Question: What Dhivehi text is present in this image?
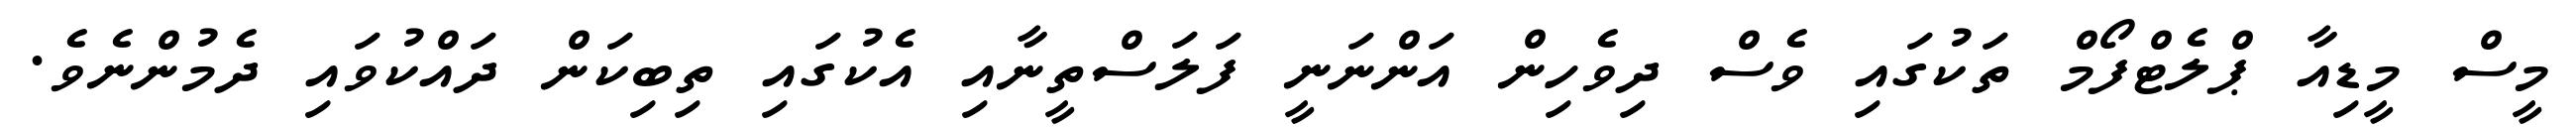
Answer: މީސް މީޑިއާ ޕްލެޓްފޯމް ތަކުގައި ވެސް ދިވެހިން އަންނަނީ ފަލަސްތީނާއި އެކުގައި ތިބިކަން ދައްކުވައި ދެމުންނެވެ.